Annual report of the Punjab Veterinary College and of the Civil Veterinary Department, Punjab - 1894-1908
Year: 1894
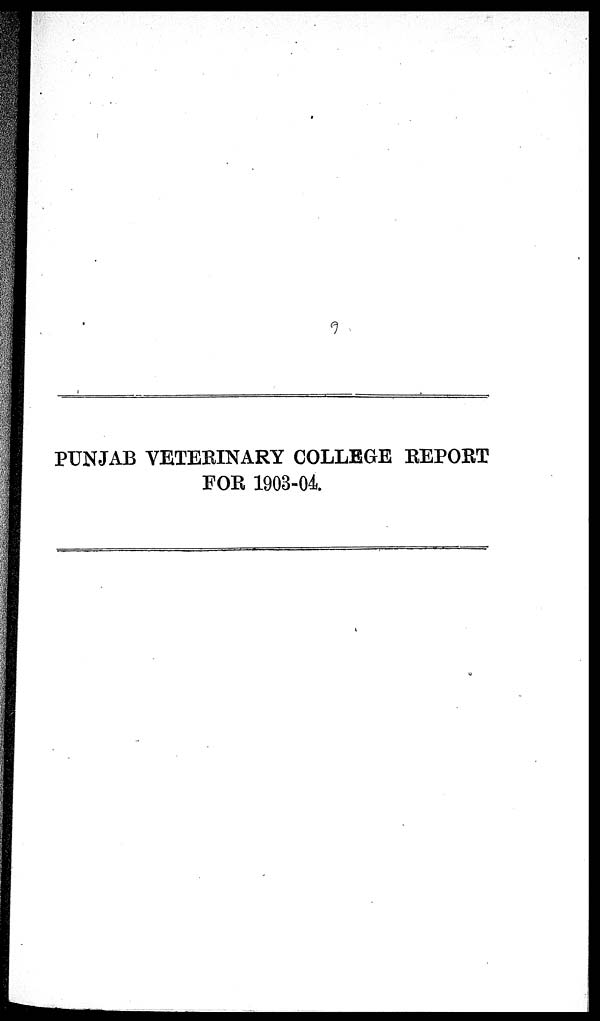
PUNJAB VETERINARY COLLEGE REPORT
FOR 1903-04